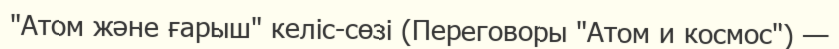
"Атом және ғарыш" келіс-сөзі (Переговоры "Атом и космос") —